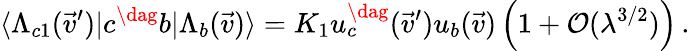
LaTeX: \langle\Lambda_{c1}(\vec{v}^{\prime})|c^{\dag}b|\Lambda_{b}(\vec{v})\rangle=K_{1}u_{c}^{\dag}(\vec{v}^{\prime})u_{b}(\vec{v})\left(1+{\cal O}(\lambda^{3/2})\right)\, .